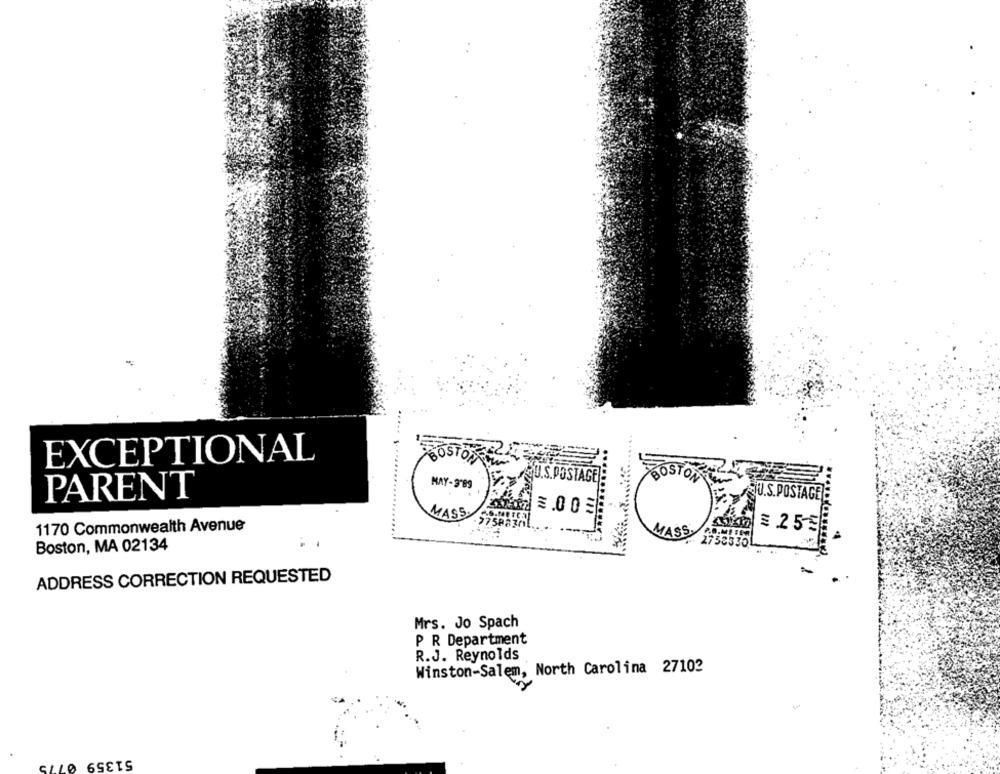
EXCEPTIONAL
ROSTOS
AQU.S.POSTAGE
MAY-3'89
JU.S.POSTAGE
PARENT
2.00€
MASS
2758230
£ 25-3
1170 Commonwealth Avenue
MASSY
P.O.ME FRA
Boston, MA 02134
..
ADDRESS CORRECTION REQUESTED
Mrs. Jo Spach
P R Department
R.J. Reynolds
Winston-Salem, North Carolina 27102
51359
CLLO